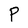
Character: P